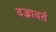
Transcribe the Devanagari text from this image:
वज्रावर्त